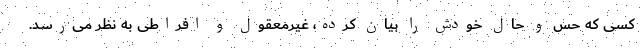
کسی که حس و حال خودش را بیان کرده، غیرمعقول و افراطی به نظر می‌رسد.